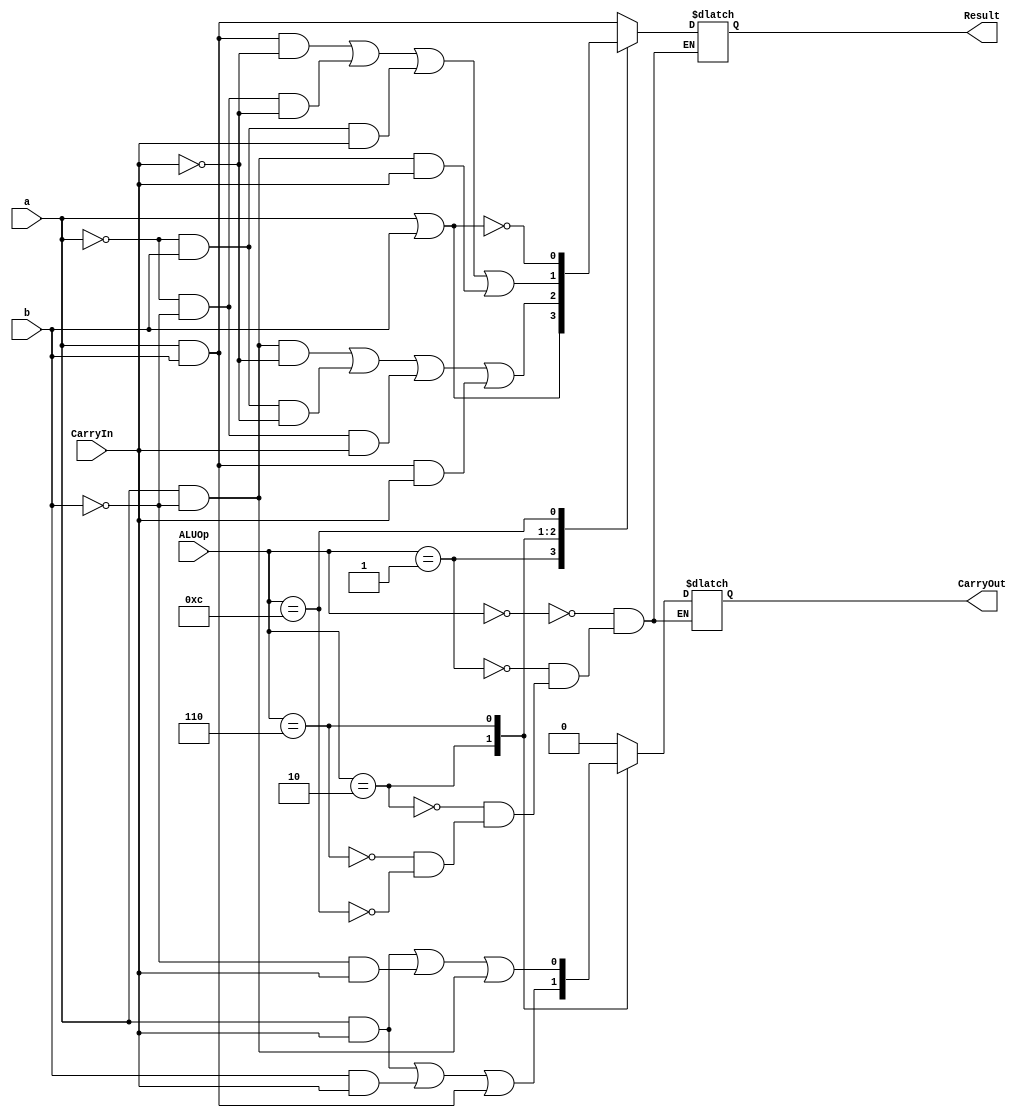
module ALU_1_bit
(
  input a,b, 
  input CarryIn,
  input [3:0] ALUOp,
  output reg Result, CarryOut
);

  wire bFin = ~b;
	
	always @ (a or b or CarryIn or ALUOp)
	begin
	case (ALUOp)

		4'b0000 : begin
					Result = a & b;
					CarryOut = 0;
				  end
		4'b0001 : begin
					Result = a | b;
					CarryOut = 0;
				  end
		4'b0010 : begin
					Result = (a & (~b) & (~CarryIn)) | ((~a) & b & (~CarryIn)) | ((~a) & (~b) & CarryIn) | (a & b & CarryIn);
					CarryOut = (a & CarryIn) | (b & CarryIn) | (a & b);
				  end
		4'b0110 : begin
					Result = (a & (~bFin) & (~CarryIn)) | ((~a) & bFin & (~CarryIn)) | ((~a) & (~bFin) & CarryIn) | (a & bFin & CarryIn);
					CarryOut = (a & CarryIn) | (bFin & CarryIn) | (a & bFin);
				  end
		4'b1100 : begin
					Result = ~(a | b);
					CarryOut = 0;
				  end
	endcase
	end
	
endmodule